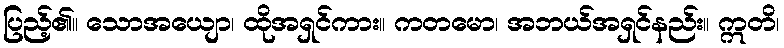
ပြည့်၏။ သောအယျော၊ ထိုအရှင်ကား။ ကတမော၊ အဘယ်အရှင်နည်း။ ဣတိ၊